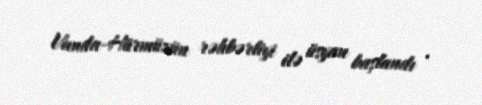
Vanda-Hürmüzün rəhbərliyi ilə üsyan başlandı .